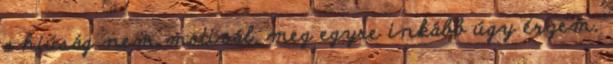
a hiúság nem motivál, meg egyre inkább úgy érzem,